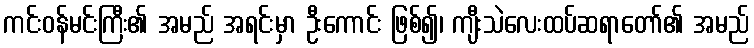
ကင်းဝန်မင်းကြီး၏ အမည် အရင်းမှာ ဦးကောင်း ဖြစ်၍၊ ကျီးသဲလေးထပ်ဆရာတော်၏ အမည်